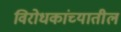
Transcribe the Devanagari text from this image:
विरोधकांच्यातील